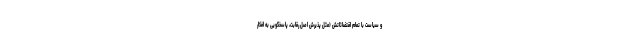
و سیاست با تمام اقتضائاتش (مثل پذیرش اصل رقابت، پاسخگویی به افکار